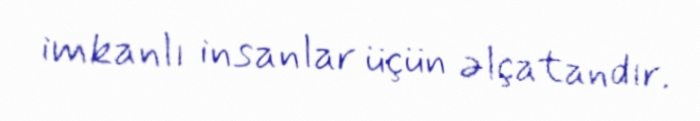
imkanlı insanlar üçün əlçatandır.